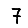
Digit: 7